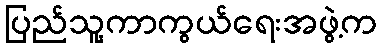
ပြည်သူ့ကာကွယ်ရေးအဖွဲ့က